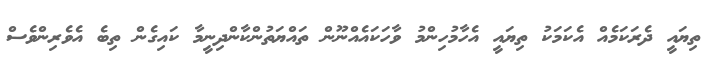
ތިޔައީ ދެރަކަމެއް އެކަމަކު ތިޔައީ އެހާމުހިންމު ވާހަކައެއްނޫން ތައްޔަތުންކާންދިނީމާ ކައިގެން ތިބެ އެވެރިންވެސް